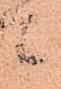
ニ